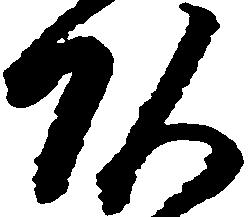
頭